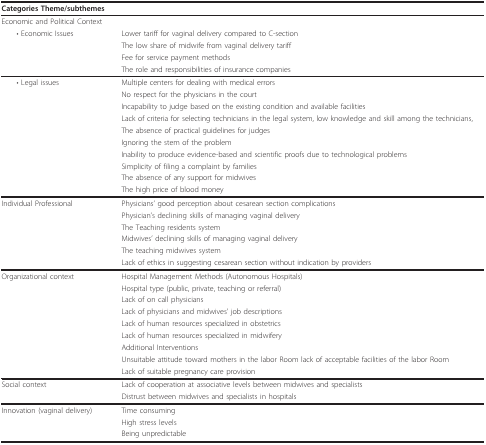
<table><thead><tr><td><b>Categories Theme/subthemes</b></td><td></td></tr></thead><tbody><tr><td>Economic and Political Context</td><td></td></tr><tr><td> • Economic Issues</td><td>Lower tariff for vaginal delivery compared to C-section</td></tr><tr><td></td><td>The low share of midwife from vaginal delivery tariff</td></tr><tr><td></td><td>Fee for service payment methods</td></tr><tr><td></td><td>The role and responsibilities of insurance companies</td></tr><tr><td> • Legal issues</td><td>Multiple centers for dealing with medical errors</td></tr><tr><td></td><td>No respect for the physicians in the court</td></tr><tr><td></td><td>Incapability to judge based on the existing condition and available facilities</td></tr><tr><td></td><td>Lack of criteria for selecting technicians in the legal system, low knowledge and skill among the technicians,</td></tr><tr><td></td><td>The absence of practical guidelines for judges</td></tr><tr><td></td><td>Ignoring the stem of the problem</td></tr><tr><td></td><td>Inability to produce evidence-based and scientific proofs due to technological problems</td></tr><tr><td></td><td>Simplicity of filing a complaint by families</td></tr><tr><td></td><td>The absence of any support for midwives</td></tr><tr><td></td><td>The high price of blood money</td></tr><tr><td>Individual Professional</td><td>Physicians&#x27; good perception about cesarean section complications</td></tr><tr><td></td><td>Physician&#x27;s declining skills of managing vaginal delivery</td></tr><tr><td></td><td>The Teaching residents system</td></tr><tr><td></td><td>Midwives&#x27; declining skills of managing vaginal delivery</td></tr><tr><td></td><td>The teaching midwives system</td></tr><tr><td></td><td>Lack of ethics in suggesting cesarean section without indication by providers</td></tr><tr><td>Organizational context</td><td>Hospital Management Methods (Autonomous Hospitals)</td></tr><tr><td></td><td>Hospital type (public, private, teaching or referral)</td></tr><tr><td></td><td>Lack of on call physicians</td></tr><tr><td></td><td>Lack of physicians and midwives&#x27; job descriptions</td></tr><tr><td></td><td>Lack of human resources specialized in obstetrics</td></tr><tr><td></td><td>Lack of human resources specialized in midwifery</td></tr><tr><td></td><td>Additional Interventions</td></tr><tr><td></td><td>Unsuitable attitude toward mothers in the labor Room lack of acceptable facilities of the labor Room</td></tr><tr><td></td><td>Lack of suitable pregnancy care provision</td></tr><tr><td>Social context</td><td>Lack of cooperation at associative levels between midwives and specialists</td></tr><tr><td></td><td>Distrust between midwives and specialists in hospitals</td></tr><tr><td>Innovation (vaginal delivery)</td><td>Time consuming</td></tr><tr><td></td><td>High stress levels</td></tr><tr><td></td><td>Being unpredictable</td></tr></tbody></table>